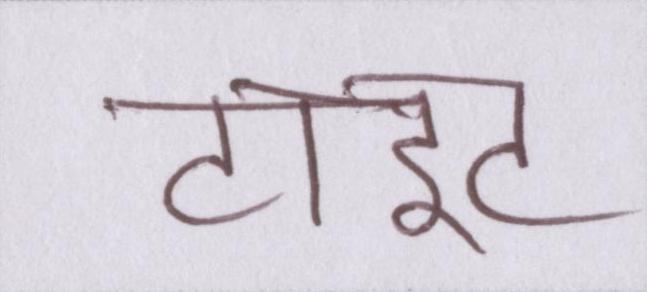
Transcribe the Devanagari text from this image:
टाइट